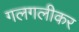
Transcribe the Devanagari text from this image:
गलगलीकर